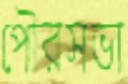
পৌরসভা